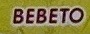
BEBETO